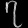
Digit: ၇